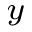
_ y